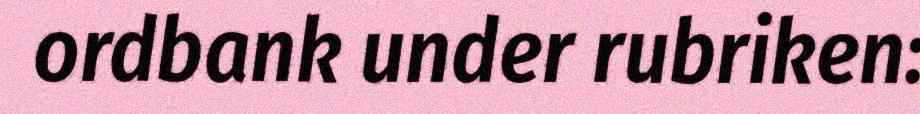
ordbank under rubriken: